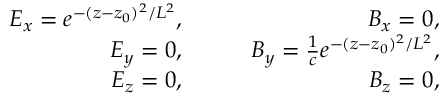
\begin{array} { r l r } { E _ { x } = e ^ { - ( z - z _ { 0 } ) ^ { 2 } / L ^ { 2 } } , } & { { } \quad } & { B _ { x } = 0 , } \\ { E _ { y } = 0 , } & { { } \quad } & { B _ { y } = \frac { 1 } { c } e ^ { - ( z - z _ { 0 } ) ^ { 2 } / L ^ { 2 } } , } \\ { E _ { z } = 0 , } & { { } \quad } & { B _ { z } = 0 , } \end{array}